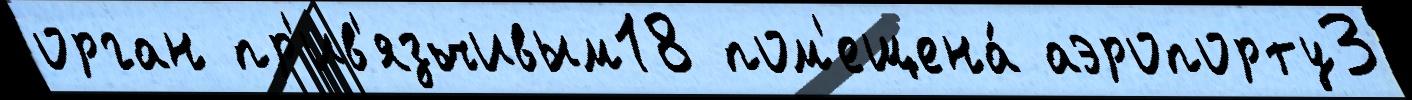
орган пр'ив'язчивым18 пом'ещена́ аэропорту3